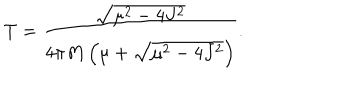
T = \frac { \sqrt { \mu ^ { 2 } - 4 J ^ { 2 } } } { 4 \pi M \left( \mu + \sqrt { \mu ^ { 2 } - 4 J ^ { 2 } } \right) } .